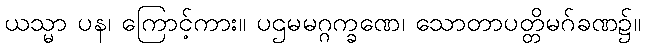
ယသ္မာ ပန၊ ကြောင့်ကား။ ပဌမမဂ္ဂက္ခဏေ၊ သောတာပတ္တိမဂ်ခဏ၌။